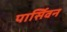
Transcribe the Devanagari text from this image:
पार्सिवन